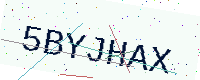
Text: 5BYJHAX